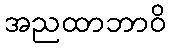
အညထာဘာဝိ